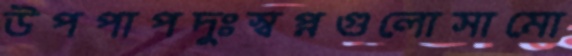
উপপাপদুঃস্বপ্নগুলোসামো